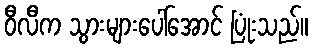
ဝီလီက သွားများပေါ်အောင် ပြုံးသည်။